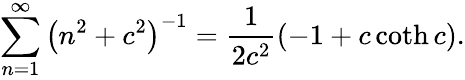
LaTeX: \sum_{n=1}^{\infty}\left(n^{2}+c^{2}\right)^{-1}=\frac{1}{2c^{2}}\left(-1+c\coth c\right).